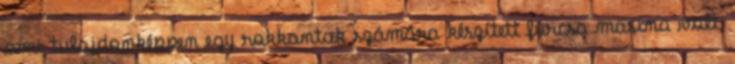
ami tulajdonképpen egy rokkantak számára készített furcsa masina volt,